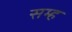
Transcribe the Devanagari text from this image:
सम्ह